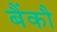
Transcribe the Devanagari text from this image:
बैंकौ